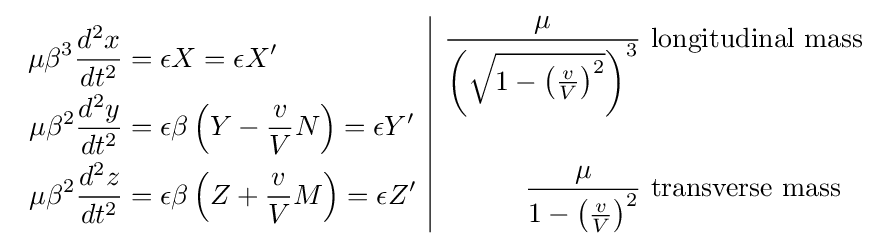
{\begin{array}{c|c}{\begin{aligned}\mu \beta ^{3}{\frac {d^{2}x}{dt^{2}}}&=\epsilon X=\epsilon X'\\\mu \beta ^{2}{\frac {d^{2}y}{dt^{2}}}&=\epsilon \beta \left(Y-{\frac {v}{V}}N\right)=\epsilon Y'\\\mu \beta ^{2}{\frac {d^{2}z}{dt^{2}}}&=\epsilon \beta \left(Z+{\frac {v}{V}}M\right)=\epsilon Z'\end{aligned}}&{\begin{aligned}{\frac {\mu }{\left({\sqrt {1-\left({\frac {v}{V}}\right)^{2}}}\right)^{3}}}&\ {\text{longitudinal mass}}\\\\{\frac {\mu }{1-\left({\frac {v}{V}}\right)^{2}}}&\ {\text{transverse mass}}\end{aligned}}\end{array}}